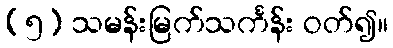
(၅) သမန်းမြက်သင်္ကန်း ဝတ်၍။